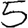
Digit: 5